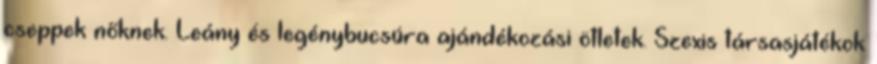
cseppek nőknek. Leány és legénybucsúra ajándékozási ötletek. Szexis társasjátékok